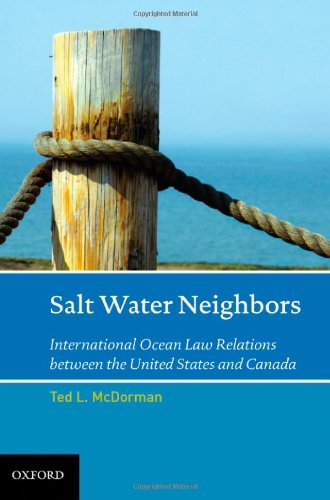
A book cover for Salt Water Neighbors: International Ocean Law Relations Between the United States and Canada; Ted L McDorman; Law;